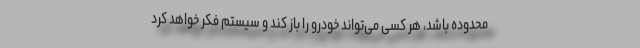
محدوده باشد، هر کسی می‌تواند خودرو را باز کند و سیستم فکر خواهد کرد